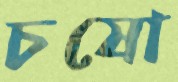
চষো